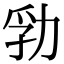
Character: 㔜